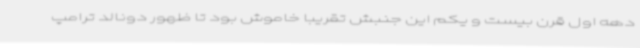
دهه اول قرن بیست و یکم این جنبش تقریبا خاموش بود تا ظهور دونالد ترامپ